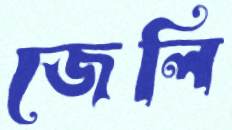
জেলি